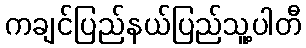
ကချင်ပြည်နယ်ပြည်သူ့ပါတီ